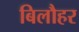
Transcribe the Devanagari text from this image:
बिलौहर